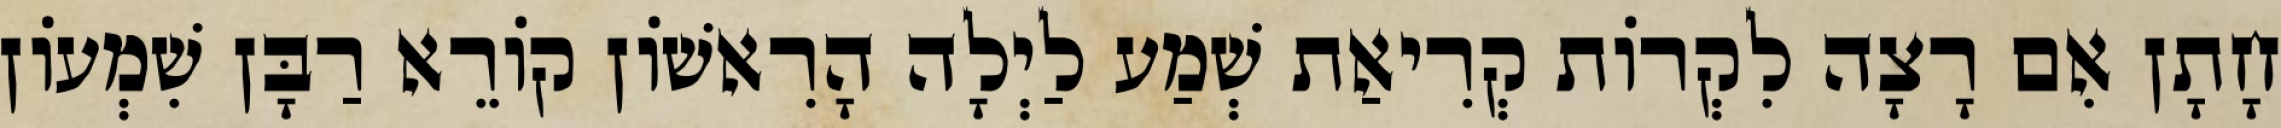
חָתָן אִם רָצָה לִקְרוֹת קְרִיאַת שְׁמַע לַיְלָה הָרִאשׁוֹן קוֹרֵא רַבָּן שִׁמְעוֹן